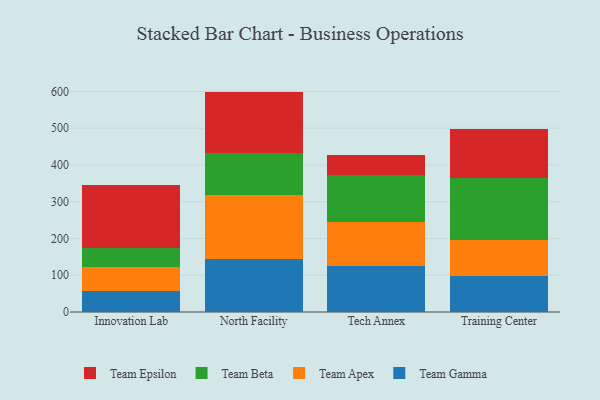
{"axis": {"x": "Campus", "y": "Energy Usage (MWh)"}, "legend": ["Team Apex", "Team Beta", "Team Epsilon", "Team Gamma"], "data": [{"x": "Innovation Lab", "y": 56.7, "type": "Team Gamma"}, {"x": "Innovation Lab", "y": 64.7, "type": "Team Apex"}, {"x": "Innovation Lab", "y": 52.2, "type": "Team Beta"}, {"x": "Innovation Lab", "y": 173.2, "type": "Team Epsilon"}, {"x": "North Facility", "y": 145.2, "type": "Team Gamma"}, {"x": "North Facility", "y": 172.0, "type": "Team Apex"}, {"x": "North Facility", "y": 114.6, "type": "Team Beta"}, {"x": "North Facility", "y": 167.8, "type": "Team Epsilon"}, {"x": "Tech Annex", "y": 126.2, "type": "Team Gamma"}, {"x": "Tech Annex", "y": 118.7, "type": "Team Apex"}, {"x": "Tech Annex", "y": 127.5, "type": "Team Beta"}, {"x": "Tech Annex", "y": 54.9, "type": "Team Epsilon"}, {"x": "Training Center", "y": 97.0, "type": "Team Gamma"}, {"x": "Training Center", "y": 100.2, "type": "Team Apex"}, {"x": "Training Center", "y": 166.7, "type": "Team Beta"}, {"x": "Training Center", "y": 135.3, "type": "Team Epsilon"}]}